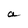
Character: a